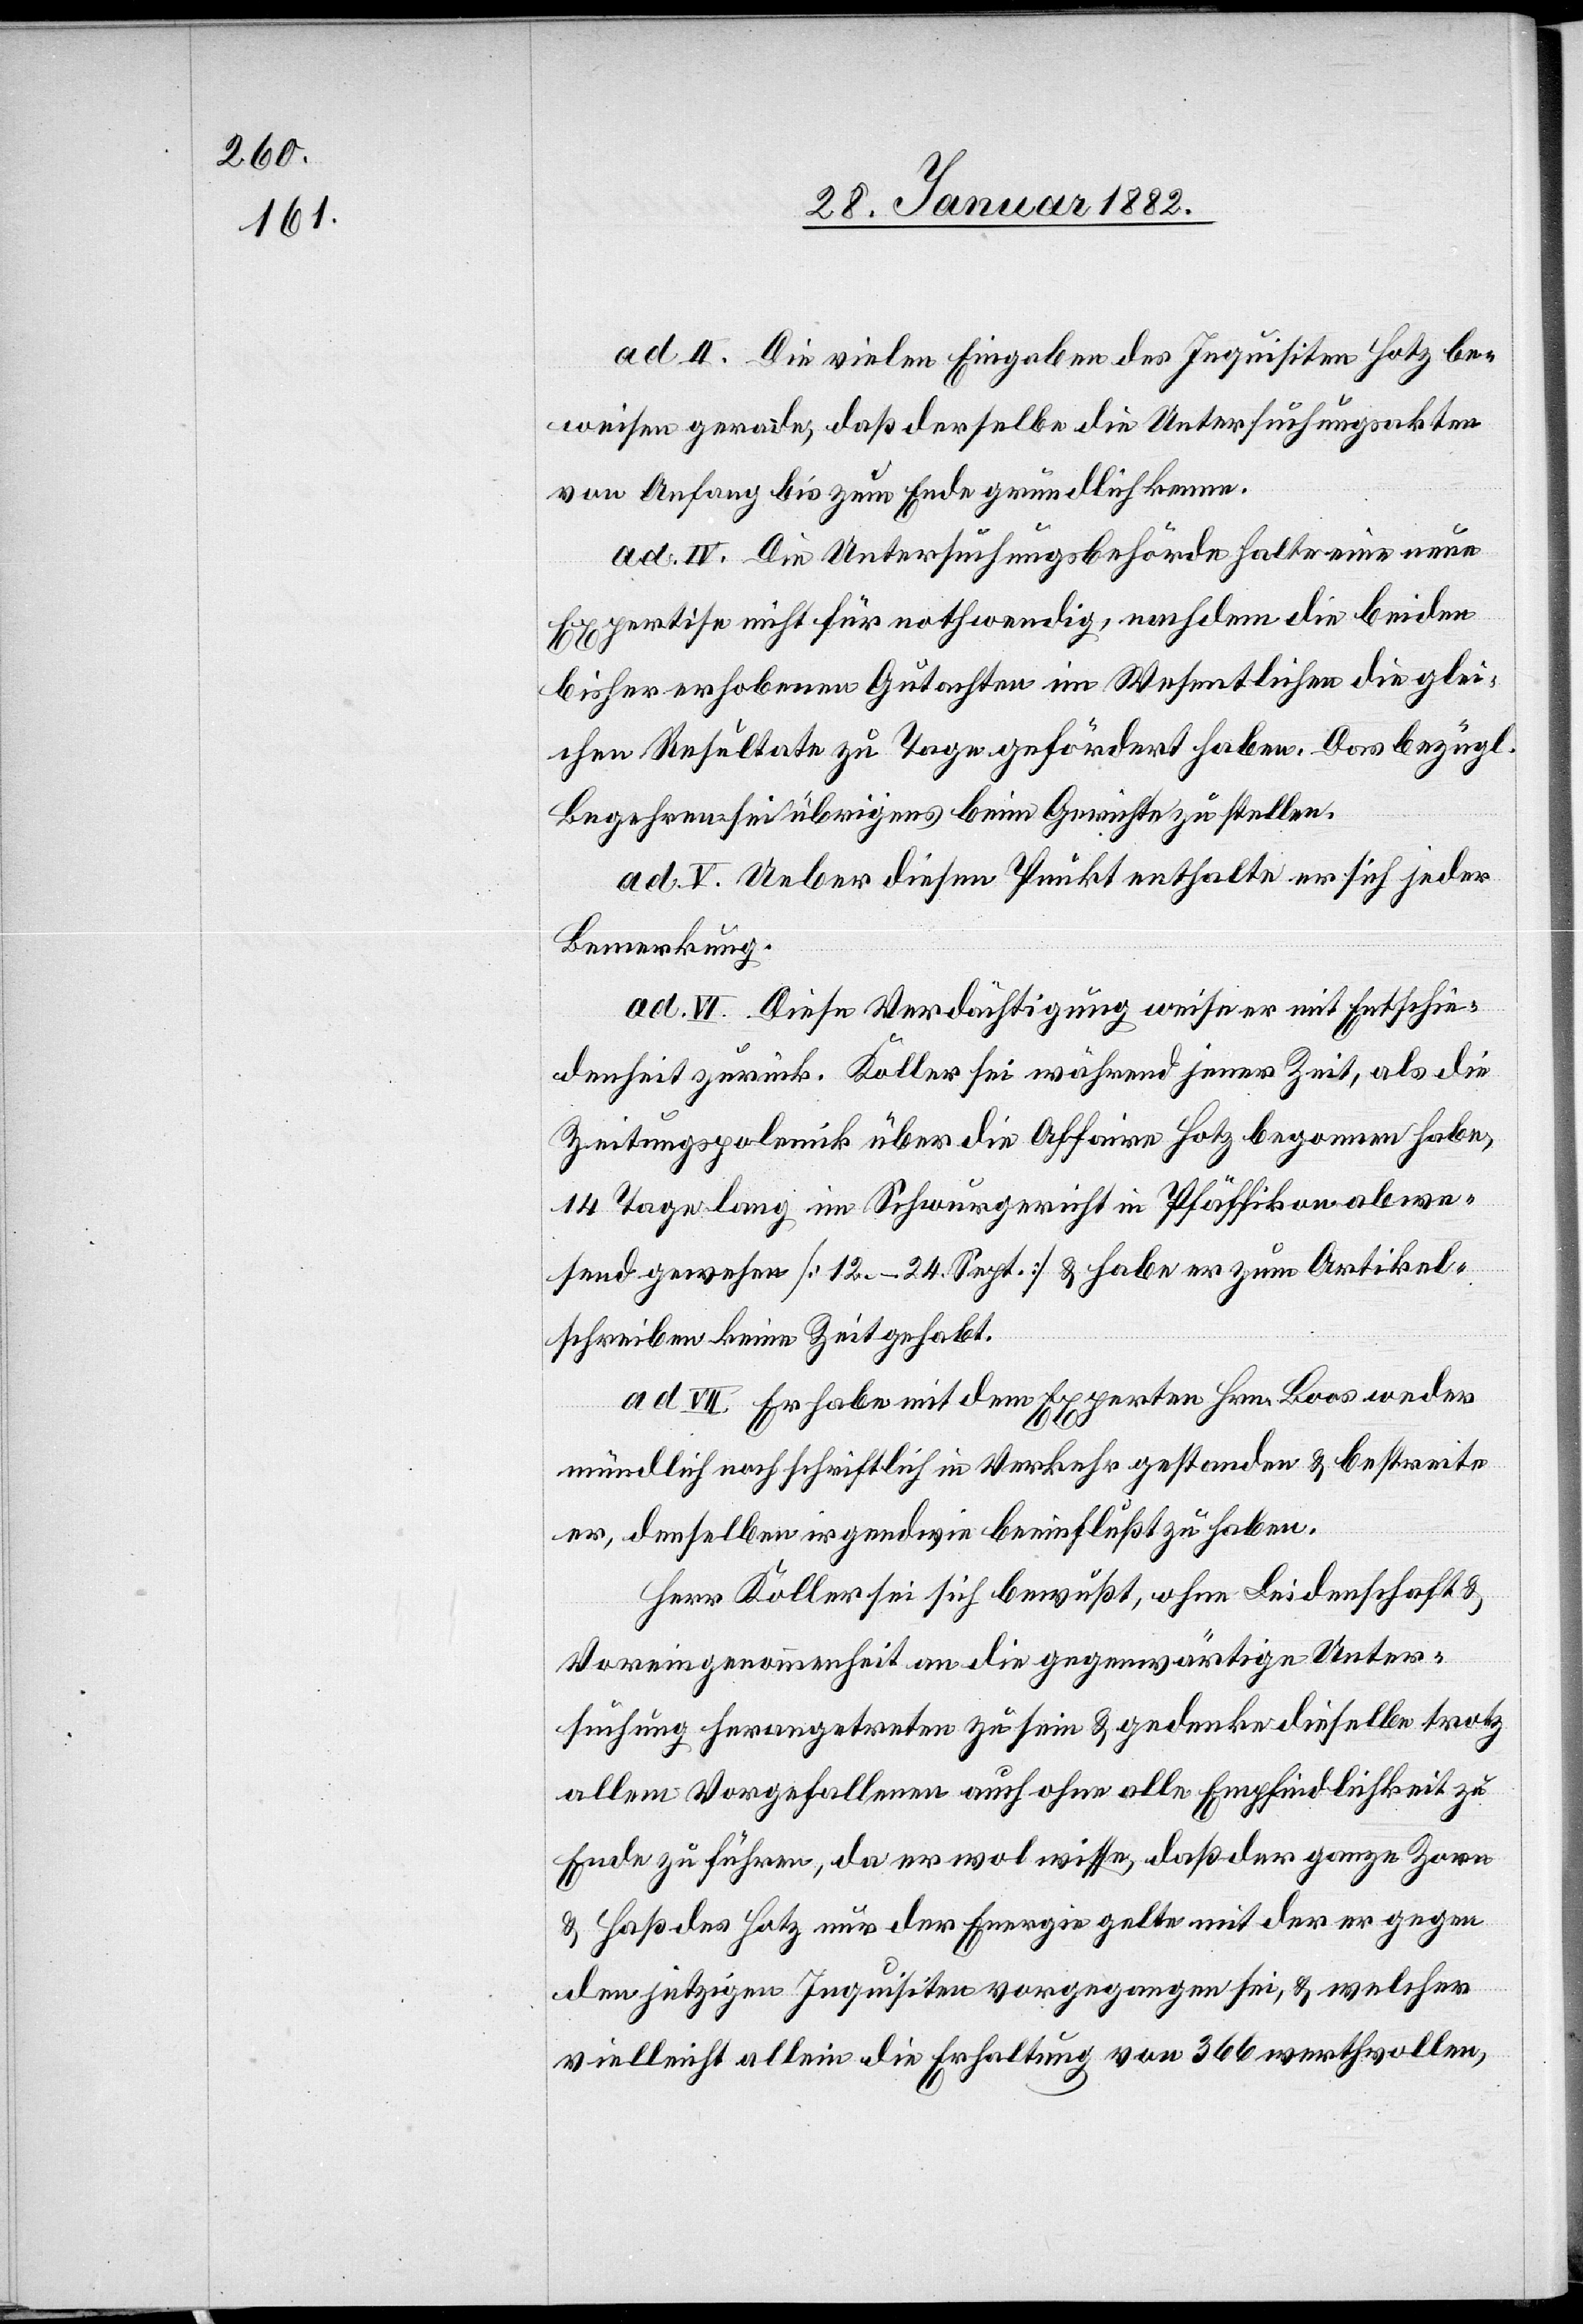
ad. II. Die vielen Eingaben des Inquisiten Hotz be¬
weisen gerade, daß derselbe die Untersuchungsakten
von Anfang bis zum Ende gründlich kenne.
ad. IV. Die Untersuchungsbehörde halte eine neue
Expertise nicht für nothwendig, nachdem die beiden
bisher erhobenen Gutachten im Wesentlichen die glei¬
chen Resultate zu Tage gefördert haben. Das bezügl.
Begehren sei übrigens beim Gerichte zu stellen.
ad. V. Ueber diesen Punkt enthalte er sich jeder
Bemerkung.
ad. VI. Diese Verdächtigung weiser er mit Entschie¬
denheit zurück. Koller sei während jener Zeit, als die
Zeitungspolemik über die Affaire Hotz begonnen habe,
14 Tage lang im Schwurgericht in Pfäffikon anwe¬
send gewesen [12.–24. Sept.] & habe er zum Artikel¬
schreiben keine Zeit gehabt.
VII. Er habe mit dem Experten Hrn. Boos weder
mündlich noch schriftlich in Verkehr gestanden & bestreite
er, denselben irgendwie beeinflußt zu haben.
Herr Koller sei sich bewußt, ohne Leidenschaft &
Voreingenommenheit an die gegenwärtige Unter¬
suchung herangetreten zu sein & gedenke dieselbe trotz
allem Vorgefallenem auch ohne alle Empfindlichkeit zu
Ende zu führen, da er wol wisse, daß der ganze Zorn
& Haß des Hotz nur der Energie gelte mit der er gegen
den jetzigen Inquisiten vorgegangen sei & welcher
vielleicht allein die Erhaltung von 366 werthvollen,

ad.